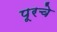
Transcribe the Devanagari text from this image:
पूरचे